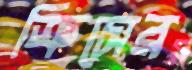
ক্রিসের